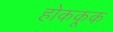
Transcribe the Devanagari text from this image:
होककूक